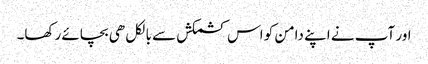
اور آپ نے اپنے دامن کو اس کشمکش سے بالکل ھی بچائے رکھا۔